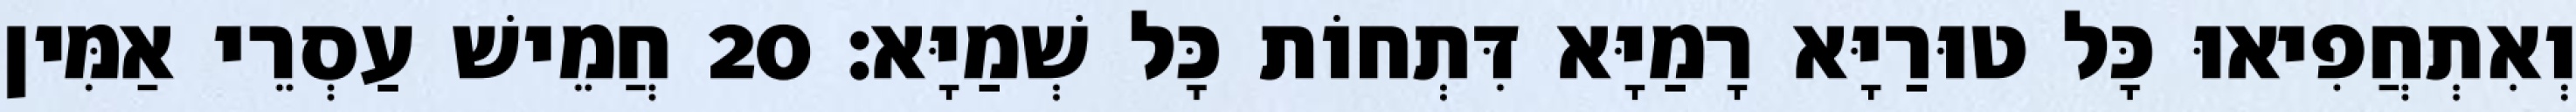
וְאִתְחֲפִיאוּ כָּל טוּרַיָּא רָמַיָּא דִּתְחוֹת כָּל שְׁמַיָּא׃ 20 חֲמֵישׁ עַסְרֵי אַמִּין